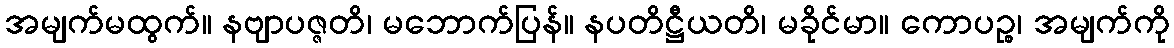
အမျက်မထွက်။ နဗျာပဇ္ဇတိ၊ မဘောက်ပြန်။ နပတိဋ္ဌီယတိ၊ မခိုင်မာ။ ကောပဉ္စ၊ အမျက်ကို